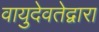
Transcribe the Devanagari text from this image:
वायुदेवतेद्वारा